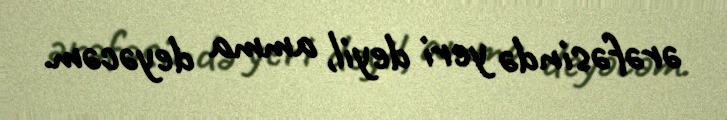
ərəfəsində yeri deyil, amma deyəcəm.